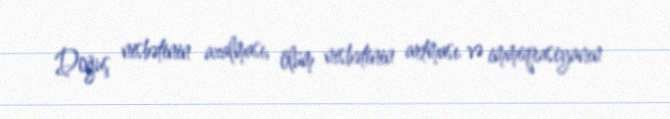
Doğuş nisbətinin azalması, ölüm nisbətinin artması və immiqrasiyanın